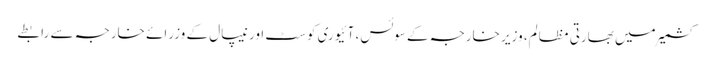
کشمیر میں بھارتی مظالم، وزیر خارجہ کے سوئس، آئیوری کوسٹ اور نیپال کے وزرائے خارجہ سے رابطے